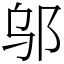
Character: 邬